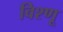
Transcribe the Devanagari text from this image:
विश्णू